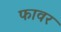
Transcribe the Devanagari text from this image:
फावर